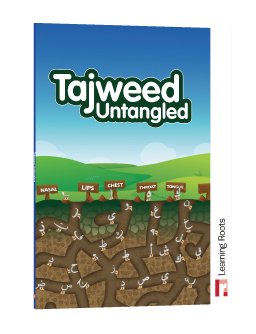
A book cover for Tajweed Untangled; Zaheer Khatri; Children's Books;